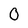
Character: 0